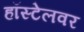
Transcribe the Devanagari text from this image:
हॉस्टेलवर